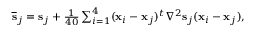
\begin{array} { r } { \overline { { \bf s } } _ { j } = { \bf s } _ { j } + \frac { 1 } { 4 0 } \sum _ { i = 1 } ^ { 4 } ( { \bf x } _ { i } - { \bf x } _ { j } ) ^ { t } \nabla ^ { 2 } { \bf s } _ { j } ( { \bf x } _ { i } - { \bf x } _ { j } ) , } \end{array}